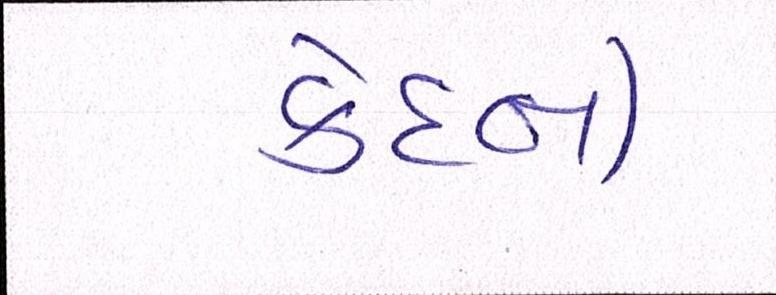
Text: કેદની